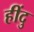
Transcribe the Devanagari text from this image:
हींदु